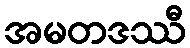
အမတဒဿီ